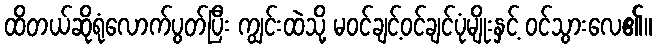
ထိတယ်ဆိုရုံလောက်ပွတ်ပြီး ကျွင်းထဲသို့ မဝင်ချင့်ဝင်ချင်ပုံမျိုးနှင့် ဝင်သွားလေ၏။